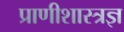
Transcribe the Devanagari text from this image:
प्राणीशास्त्रज्ञ